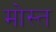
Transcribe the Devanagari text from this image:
मोस्त